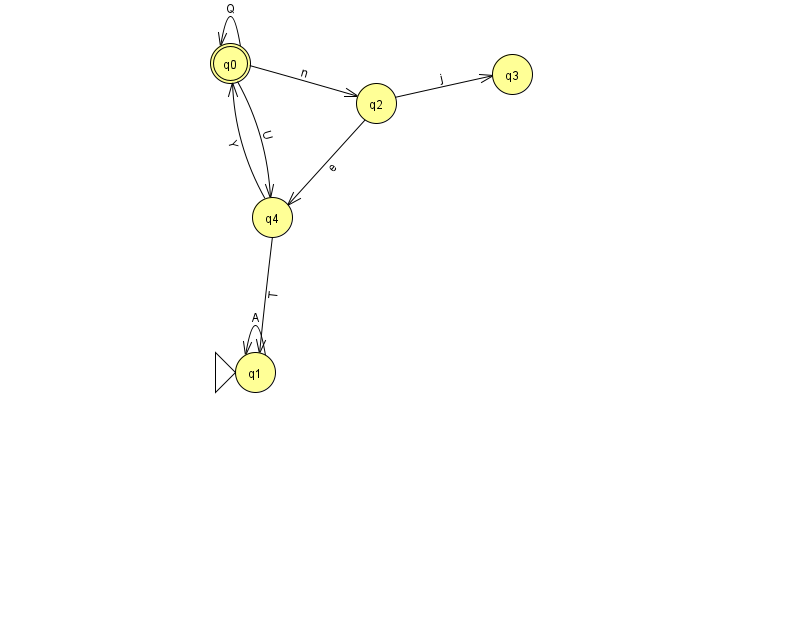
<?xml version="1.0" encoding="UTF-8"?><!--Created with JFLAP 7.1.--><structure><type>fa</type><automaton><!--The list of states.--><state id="0" name="q0"><x>230.0</x><y>50.0</y><final/></state><state id="1" name="q1"><x>255.0</x><y>359.0</y><initial/></state><state id="2" name="q2"><x>376.0</x><y>90.0</y></state><state id="3" name="q3"><x>512.0</x><y>61.0</y></state><state id="4" name="q4"><x>272.0</x><y>204.0</y></state><!--The list of transitions.--><transition><from>0</from><to>0</to><read>Q</read></transition><transition><from>1</from><to>1</to><read>A</read></transition><transition><from>0</from><to>2</to><read>n</read></transition><transition><from>2</from><to>4</to><read>e</read></transition><transition><from>4</from><to>0</to><read>Y</read></transition><transition><from>2</from><to>3</to><read>j</read></transition><transition><from>4</from><to>1</to><read>T</read></transition><transition><from>0</from><to>4</to><read>U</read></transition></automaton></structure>